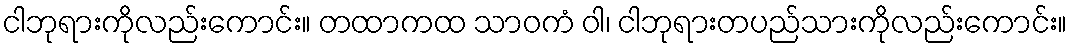
ငါဘုရားကိုလည်းကောင်း။ တထာကထ သာဝကံ ဝါ၊ ငါဘုရားတပည်သားကိုလည်းကောင်း။